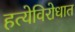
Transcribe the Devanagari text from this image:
हत्येविरोधात